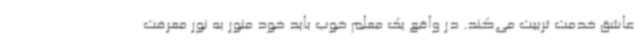
عاشق خدمت تربیت می‌کند. در واقع یک معلم خوب باید خود منور به نور معرفت